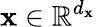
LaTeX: \mathbf{x}\in\mathbb{{R}}^{d_{\mathbf{x}}}